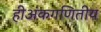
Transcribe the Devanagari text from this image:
हीअंकगणितीय